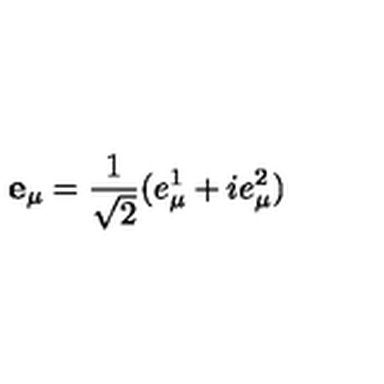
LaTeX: \mathbf { e } _ { \mu } = \frac { 1 } { \sqrt 2 } ( e _ { \mu } ^ { 1 } + i e _ { \mu } ^ { 2 } )